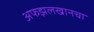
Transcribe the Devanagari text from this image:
अफझलखानचा